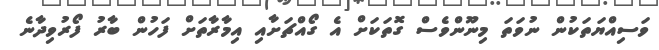
ވަސިއްޔަތަކުން ނުވަތަ މިނޫންވެސް ގޮތަކަށް އެ ގޯއްޗަށާއި އިމާރާތަށް ފަހުން ބާރު ފޯރުވިދާނެ